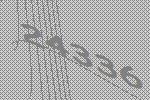
24336